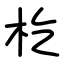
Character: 杚